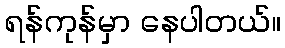
ရန်ကုန်မှာ နေပါတယ်။